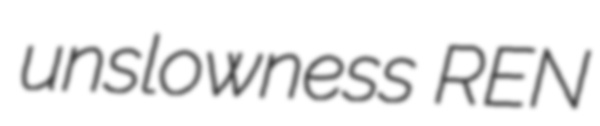
unslowness REN